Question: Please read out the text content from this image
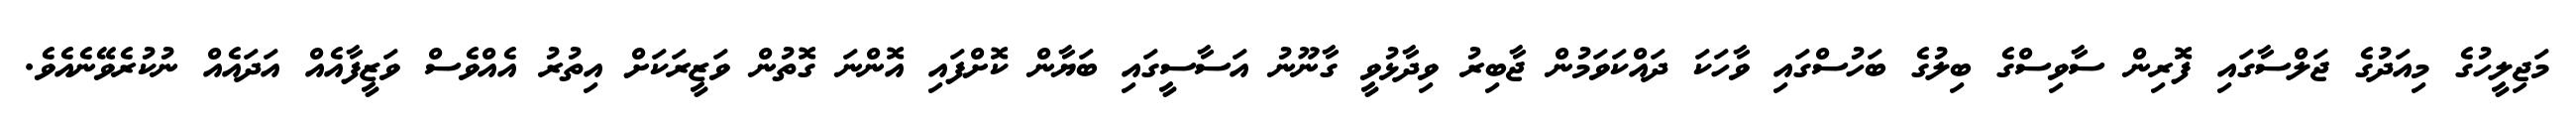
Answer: މަޖިލީހުގެ މިއަދުގެ ޖަލްސާގައި ފޮރިން ސާވިސްގެ ބިލުގެ ބަހުސްގައި ވާހަކަ ދައްކަވަމުން ޖާބިރު ވިދާޅުވީ ގާނޫނު އަސާސީގައި ބަޔާން ކޮށްފައި އޮންނަ ގޮތުން ވަޒީރަކަށް އިތުރު އެއްވެސް ވަޒީފާއެއް އަދައެއް ނުކުރެވޭނެއެވެ.